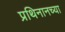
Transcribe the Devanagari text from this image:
प्रथिनानच्या